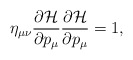
\begin{align*}\eta _{\mu \nu }\frac{\partial {\cal H}}{\partial p_\mu }\frac{\partial {\cal H}}{\partial p_\mu }=1,\end{align*}